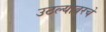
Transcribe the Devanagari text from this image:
उठल्यावरचे